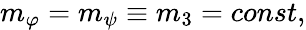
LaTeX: \begin{array}{r}{m_{\varphi}=m_{\psi}\equiv m_{3}=const,}\end{array}